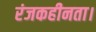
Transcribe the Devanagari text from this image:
रंजकहीनता।